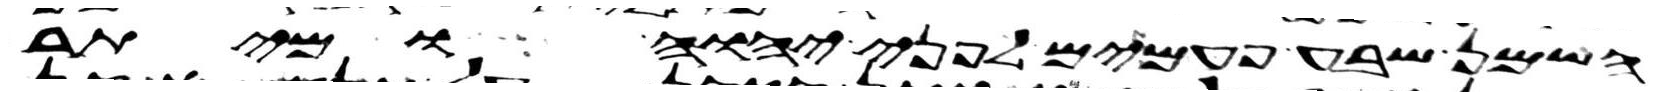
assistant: השמן שבע פעמים לפני יהוה ומיתר